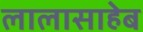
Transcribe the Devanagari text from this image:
लालासाहेब